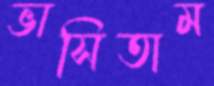
ভাসিতাম